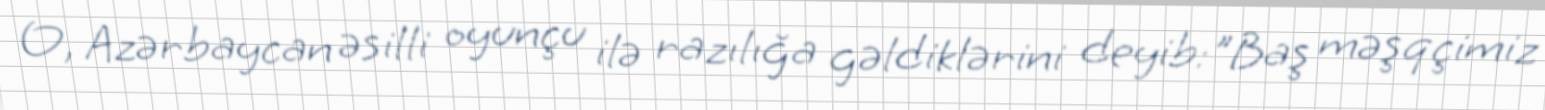
O, Azərbaycan əsilli oyunçu ilə razılığa gəldiklərini deyib:"Baş məşqçimiz